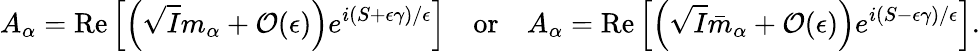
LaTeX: A_{\alpha}=\mathrm{Re}\left[\left(\sqrt{I}m_{\alpha}+\mathcal{O}(\epsilon)\right)e^{i(S+\epsilon\gamma)/\epsilon}\right]\quad\mathrm{or}\quad A_{\alpha}=\mathrm{Re}\left[\left(\sqrt{I}\bar{m}_{\alpha}+\mathcal{O}(\epsilon)\right)e^{i(S-\epsilon\gamma)/\epsilon}\right].